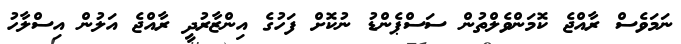
ނަމަވެސް ރާއްޖެ ކޮމަންވެލްތުން ސަސްޕެންޑު ނުކޮށް ފަހުގެ އިންޒާރުދީ ރާއްޖެ އަލުން އިސްލާހު